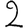
Digit: 2